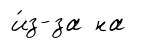
и́з-за на